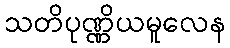
သတိပုဏ္ဏိယမူလေန